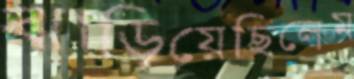
ঝাড়িয়েছিলেম